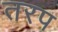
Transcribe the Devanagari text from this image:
तरप